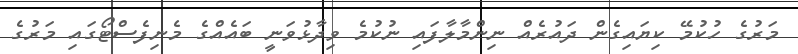
މަރުގެ ހުކުމޭ ކިޔައިގެން ދައުރެއް ނިންމާލާފައި ނުކުމެ ވިދާޅުވަނީ ބައެއްގެ މެނިފެސްޓޯގައި މަރުގެ